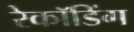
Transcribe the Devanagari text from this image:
रेकॉडिंग